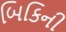
બિકિની